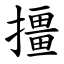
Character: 㩖